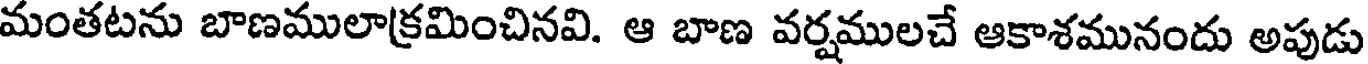
మంతటను బాణములాక్రమించినవి. ఆ బాణ వర్షములచే ఆకాశమునందు అపుడు